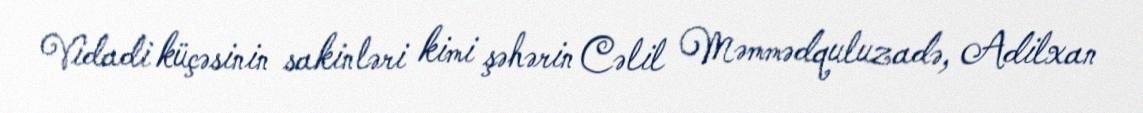
Vidadi küçəsinin sakinləri kimi şəhərin Cəlil Məmmədquluzadə, Adilxan